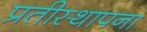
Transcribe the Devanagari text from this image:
प्रतीस्थापना